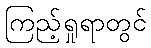
ကြည့်ရှုရာတွင်